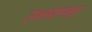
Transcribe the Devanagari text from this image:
उपनद्यांपासून